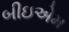
બીઇએમ